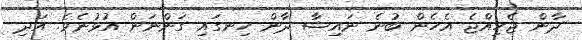
ދާން ޖެހިއްޖެ އެހެން ބުނެ ނައިޝާ ދާން ހިނގައި ގަންނަން އުޅުނެވެ. އަދި